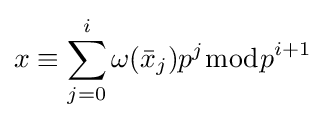
x\equiv \sum _{j=0}^{i}\omega ({\bar {x}}_{j})p^{j}{\bmod {p}}^{i+1}